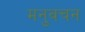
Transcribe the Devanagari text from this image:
मनुवचन